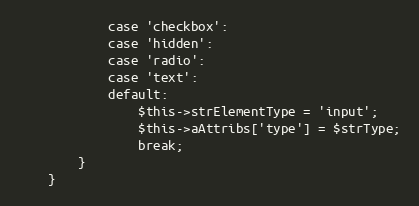
Language: PHP
            case 'checkbox':
            case 'hidden':
            case 'radio':
            case 'text':
            default:
                $this->strElementType = 'input';
                $this->aAttribs['type'] = $strType;
                break;
        }
    }